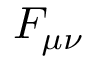
F _ { \mu \nu }